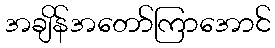
အချိန်အတော်ကြာအောင်